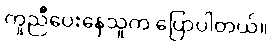
ကူညီပေးနေသူက ပြောပါတယ်။